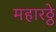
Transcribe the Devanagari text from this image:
महारठ्ठे